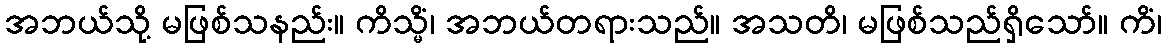
အဘယ်သို့ မဖြစ်သနည်း။ ကိသ္မိံ၊ အဘယ်တရားသည်။ အသတိ၊ မဖြစ်သည်ရှိသော်။ ကိံ၊